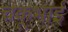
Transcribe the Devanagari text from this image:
चकूभाई